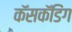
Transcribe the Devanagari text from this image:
कॅसकॅडिंग